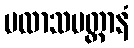
ပလာသပတ္တာနံ